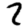
Digit: 2